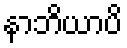
နာဘိယာပိ